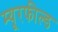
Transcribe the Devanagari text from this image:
म्यूरफील्ड